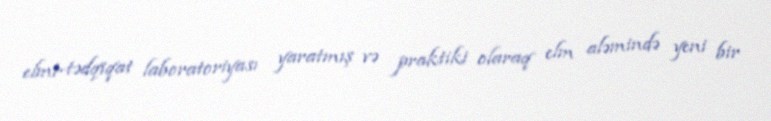
elmi-tədqiqat laboratoriyası yaratmış və praktiki olaraq elm aləmində yeni bir